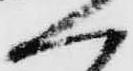
く